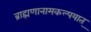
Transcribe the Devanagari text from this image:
ब्राह्मणानामकल्पयात्‌